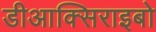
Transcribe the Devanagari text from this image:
डीआक्सिराइबो